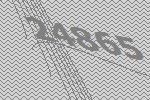
24865